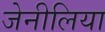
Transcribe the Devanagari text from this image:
जेनीलिया